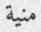
منية